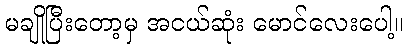
မချိုပြီးတော့မှ အငယ်ဆုံး မောင်လေးပေါ့။